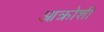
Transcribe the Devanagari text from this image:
आक्रोशी